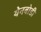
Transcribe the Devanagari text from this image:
येनबोडी